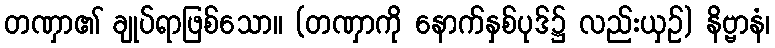
တဏှာ၏ ချုပ်ရာဖြစ်သော။ (တဏှာကို နောက်နှစ်ပုဒ်၌ လည်းယှဉ်) နိဗ္ဗာနံ၊